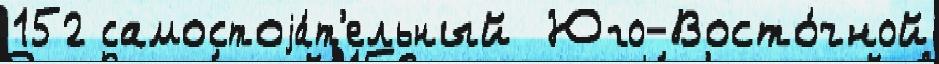
152 самостоjа́т'ельный  Юго-Восто́чной